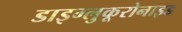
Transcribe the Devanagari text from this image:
डाइग्लुकूरोनाइड